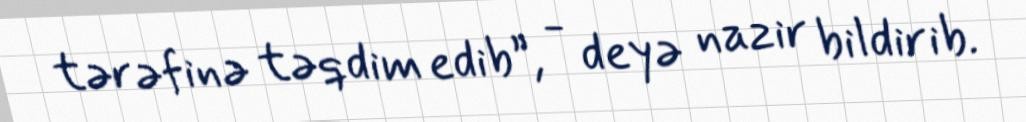
tərəfinə təqdim edib”, - deyə nazir bildirib.